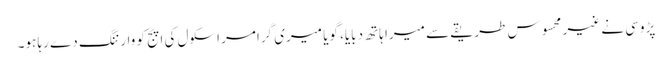
پڑوسی نے غیر محسوس طریقے سے میرا ہاتھ دبایا، گویا میری گرامر اسکول کی اپج کو وارننگ دے رہا ہو۔